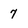
Character: 7